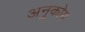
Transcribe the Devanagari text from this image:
अनुकोम